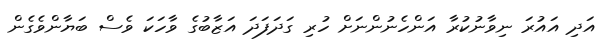
އަދި އައުރަ ނިވާނުކުރާ އަންހެނުންނަށް ހުރި ގަދަފަދަ އަޒާބުގެ ވާހަކަ ވެސް ބަޔާންވެގެން